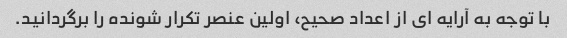
با توجه به آرایه ای از اعداد صحیح، اولین عنصر تکرار شونده را برگردانید.